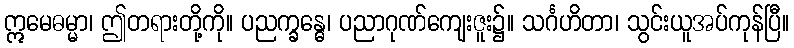
ဣမေဓမ္မာ၊ ဤတရားတို့ကို။ ပညက္ခန္ဓေ၊ ပညာဂုဏ်ကျေးဇူး၌။ သင်္ဂဟိတာ၊ သွင်းယူအပ်ကုန်ပြီ။